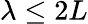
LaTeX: \lambda\leq 2L